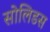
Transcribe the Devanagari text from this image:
सोलिडस